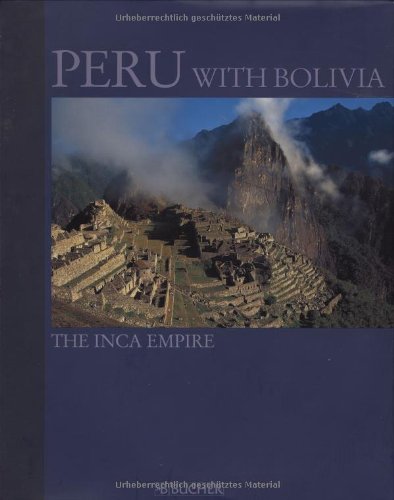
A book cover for Peru with Bolivia: The Inca Empire; Travel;